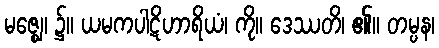
မဇ္ဈေ၊ ၌။ ယမကပါဋိဟာရိယံ၊ ကို။ ဒေဿတိ၊ ၏။ တမ္ပန၊